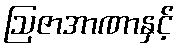
ဩဇာအာဏာနှင့်